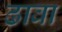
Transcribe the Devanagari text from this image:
ढावा